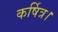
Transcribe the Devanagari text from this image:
कर्षित्र।